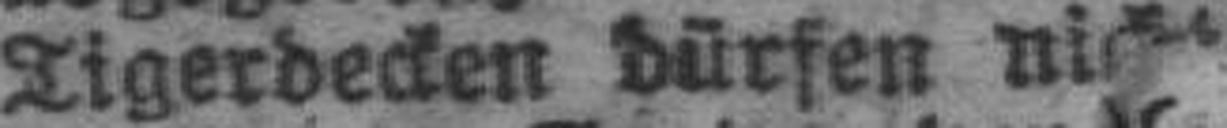
Tigerdecken dürfen nicht